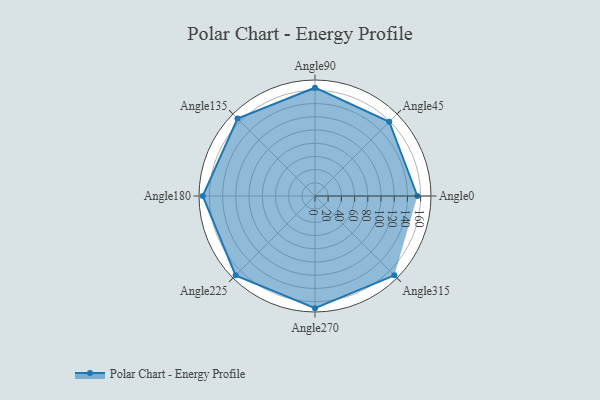
{"axis": {"x": "Angle", "y": "Radius"}, "legend": [""], "data": [{"x": "Angle0", "y": 155.0, "type": ""}, {"x": "Angle45", "y": 159.0, "type": ""}, {"x": "Angle90", "y": 164.0, "type": ""}, {"x": "Angle135", "y": 166.0, "type": ""}, {"x": "Angle180", "y": 170, "type": ""}, {"x": "Angle225", "y": 170, "type": ""}, {"x": "Angle270", "y": 170, "type": ""}, {"x": "Angle315", "y": 170, "type": ""}]}